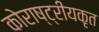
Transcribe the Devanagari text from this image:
कोराष्ट्रीयकृत